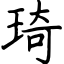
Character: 琦